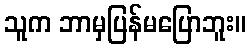
သူက ဘာမှပြန်မပြောဘူး။